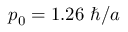
p _ { 0 } = 1 . 2 6 ~ \hbar / a